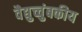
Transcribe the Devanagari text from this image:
वैद्युच्चुंबकीय